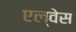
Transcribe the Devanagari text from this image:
एल्वेस